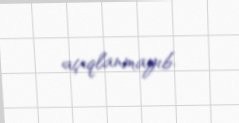
açıqlanmayıb.